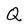
Character: Q